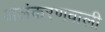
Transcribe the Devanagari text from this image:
अलंकरणवाली